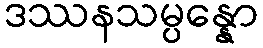
ဒဿနသမ္ပန္နော